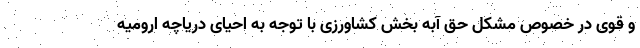
و قوی در خصوص مشکل حق آبه بخش کشاورزی با توجه به احیای دریاچه ارومیه